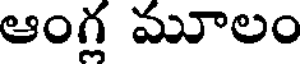
ఆంగ మూలం